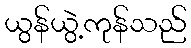
ယွန်ယွဲ့ကုန်သည်